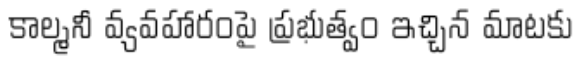
కాల్మనీ వ్యవహారంపై ప్రభుత్వం ఇచ్చిన మాటకు